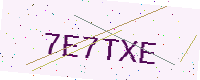
Text: 7E7TXE